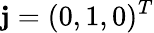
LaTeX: {\mathbf j}=(0,1,0)^{T}